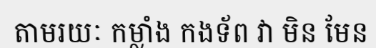
តាមរយៈ កម្លាំង កងទ័ព វា មិន មែន